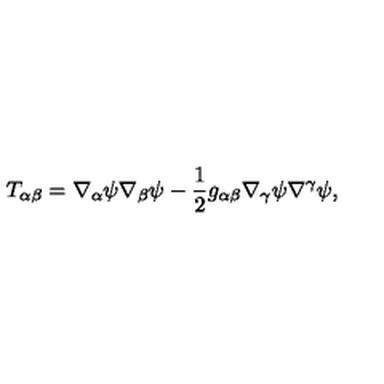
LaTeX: T _ { \alpha \beta } = \nabla _ { \alpha } \psi \nabla _ { \beta } \psi - \frac { 1 } { 2 } g _ { \alpha \beta } \nabla _ { \gamma } \psi \nabla ^ { \gamma } \psi ,